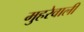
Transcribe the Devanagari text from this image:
मुहरेवाली